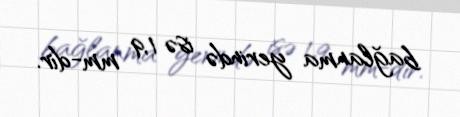
bağlanma yerində isə 1,9 mm-dir.